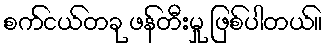
စက်ငယ်တခု ဖန်တီးမှု ဖြစ်ပါတယ်။